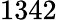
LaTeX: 1342